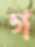
গ